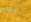
عطلة